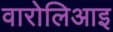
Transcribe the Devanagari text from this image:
वारोलिआइ